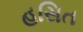
હસિત